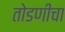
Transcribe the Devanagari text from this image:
तोडणीचा